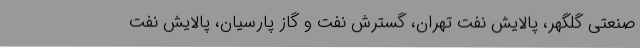
صنعتی گلگهر، پالایش نفت تهران، گسترش نفت و گاز پارسیان، پالایش نفت